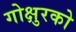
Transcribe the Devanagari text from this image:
गोक्षुरको